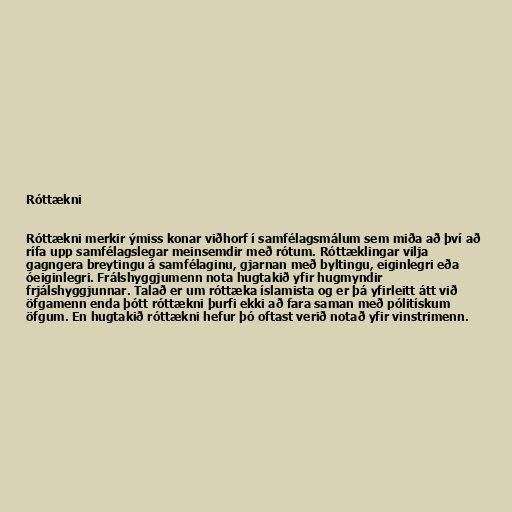
Róttækni

Róttækni merkir ýmiss konar viðhorf í samfélagsmálum sem miða að því að
rífa upp samfélagslegar meinsemdir með rótum. Róttæklingar vilja
gagngera breytingu á samfélaginu, gjarnan með byltingu, eiginlegri eða
óeiginlegri. Frálshyggjumenn nota hugtakið yfir hugmyndir
frjálshyggjunnar. Talað er um róttæka íslamista og er þá yfirleitt átt við
öfgamenn enda þótt róttækni þurfi ekki að fara saman með pólitískum
öfgum. En hugtakið róttækni hefur þó oftast verið notað yfir vinstrimenn.